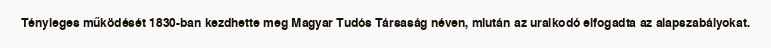
Tényleges működését 1830-ban kezdhette meg Magyar Tudós Társaság néven, miután az uralkodó elfogadta az alapszabályokat.